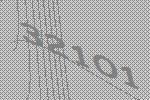
32101